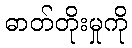
ဓာတ်တိုးမှုကို